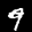
Label: 9